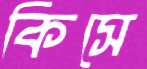
কিসে